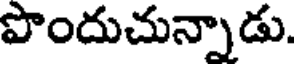
పొందుచున్నాడు.